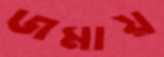
জমায়